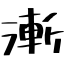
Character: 漸